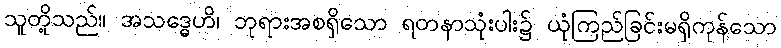
သူတို့သည်။ အသဒ္ဓေဟိ၊ ဘုရားအစရှိသော ရတနာသုံးပါး၌ ယုံကြည်ခြင်းမရှိကုန်သော